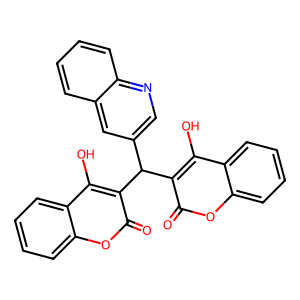
SMILES: O=c1oc2ccccc2c(O)c1C(c1cnc2ccccc2c1)c1c(O)c2ccccc2oc1=O
Inhibits HIV replication: No